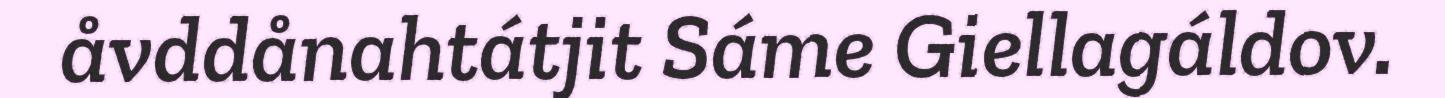
åvddånahtátjit Sáme Giellagáldov.